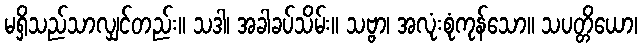
မရှိသည်သာလျှင်တည်း။ သဒါ၊ အခါခပ်သိမ်း။ သဗ္ဗာ၊ အလုံးစုံကုန်သော။ သပတ္တိယော၊